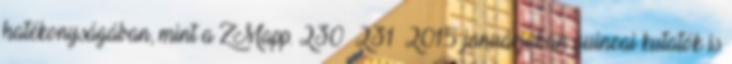
hatékonyságában, mint a ZMapp. 230 231 2015 januárjában guineai kutatók is